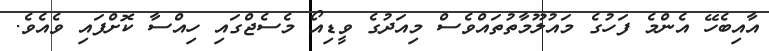
އާއިބެހޭ އެންމެ ފަހުގެ މައުލޫމާތުތައްވެސް މިއަދުގެ ވީޑިއޯ މެސެޖްގައި ހިއްސާ ކޮށްފައި ވެއެވެ.